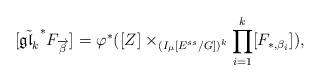
LaTeX: \begin{align*}[\tilde{\mathfrak{gl}_k}^*F_{\overrightarrow{\beta}}]^{}=\varphi^*( [Z]^{}\times_{(I_{\mu}[E^{ss}/G])^k}\prod_{i=1}^{k}[F_{*,\beta_i}]^{}),\end{align*}